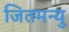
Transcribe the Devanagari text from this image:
जितमन्यु